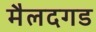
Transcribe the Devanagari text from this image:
मैलदगड